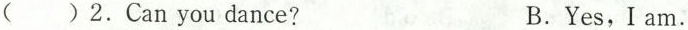
()2.Can you dance? B.Yes,I am.